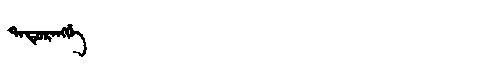
Manchu: ᡨᠠᡩᡠᡵᠠᠩᡤᡝ
Romanization: TADURANGGE